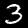
Label: 3